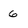
Character: 6